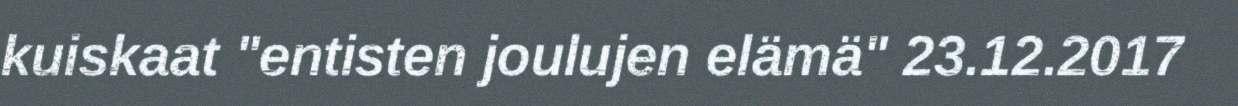
kuiskaat "entisten joulujen elämä" 23.12.2017